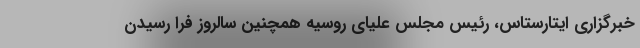
خبرگزاری ایتارستاس، رئیس مجلس علیای روسیه همچنین سالروز فرا رسیدن